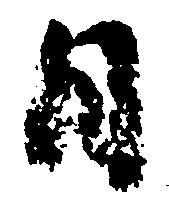
日